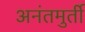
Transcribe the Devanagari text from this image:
अनंतमुर्ती